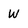
Character: W